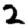
Digit: 2